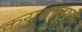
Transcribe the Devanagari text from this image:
कयद्यांनुसार